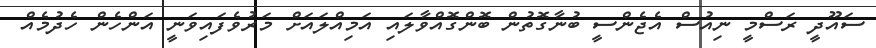
ސައޫދީ ރަސްމީ ނިއުސް އެޖެންސީ ބުނާގޮތުން ބޮންގޮއްވާލައި އަމިއްލައަށް މަރުވެފައިވަނީ އަންހެން ހެދުމެއް